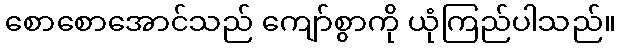
စောစောအောင်သည် ကျော်စွာကို ယုံကြည်ပါသည်။